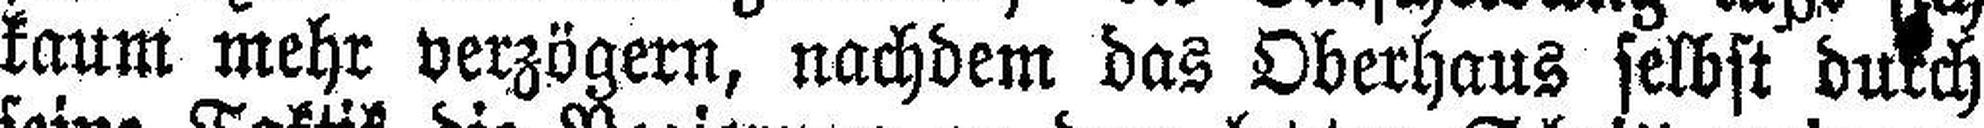
kaum mehr verzögern, nachdem das Oberhaus selbst durch